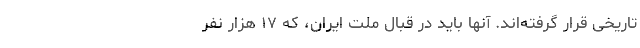
تاریخی قرار گرفته‌اند. آنها باید در قبال ملت ایران، که ۱۷ هزار نفر